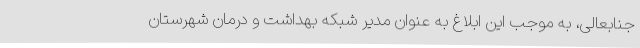
جنابعالی، به موجب این ابلاغ به عنوان مدیر شبکه بهداشت و درمان شهرستان